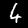
Label: 4